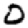
Digit: 0